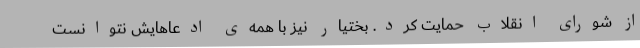
از شورای‌ انقلاب‌ حمایت‌ کرد. بختیار نیز با همه‌ی‌ ادعاهایش‌ نتوانست‌